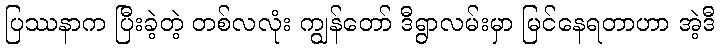
ပြဿနာက ပြီးခဲ့တဲ့ တစ်လလုံး ကျွန်တော် ဒီရွာလမ်းမှာ မြင်နေရတာဟာ အဲ့ဒီ